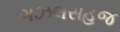
ગઝલસહજ